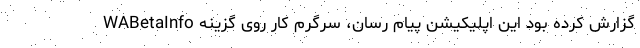
WABetaInfo گزارش کرده بود این اپلیکیشن پیام رسان، سرگرم کار روی گزینه